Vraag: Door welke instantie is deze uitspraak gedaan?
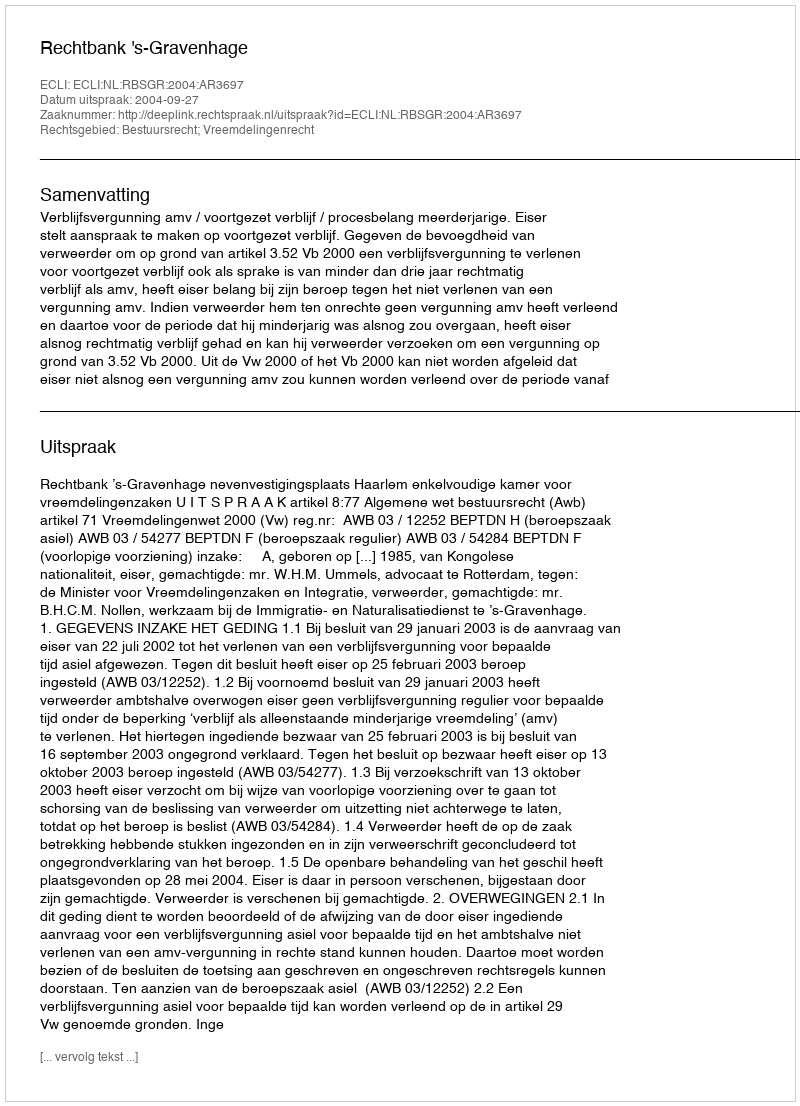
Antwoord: Rechtbank 's-Gravenhage